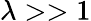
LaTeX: \lambda>>1